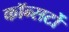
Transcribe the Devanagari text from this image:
कॉन्सर्टो